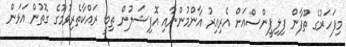
މިފަހަރުގެ ތޫފާން ފިލިޕީންސްއަށް އެރިއިރު އާންމުންނާއި އޮފިޝަލުން ތިބީ ރައްކާތެރިވުމުގެ ގޮތުން އަޅަން